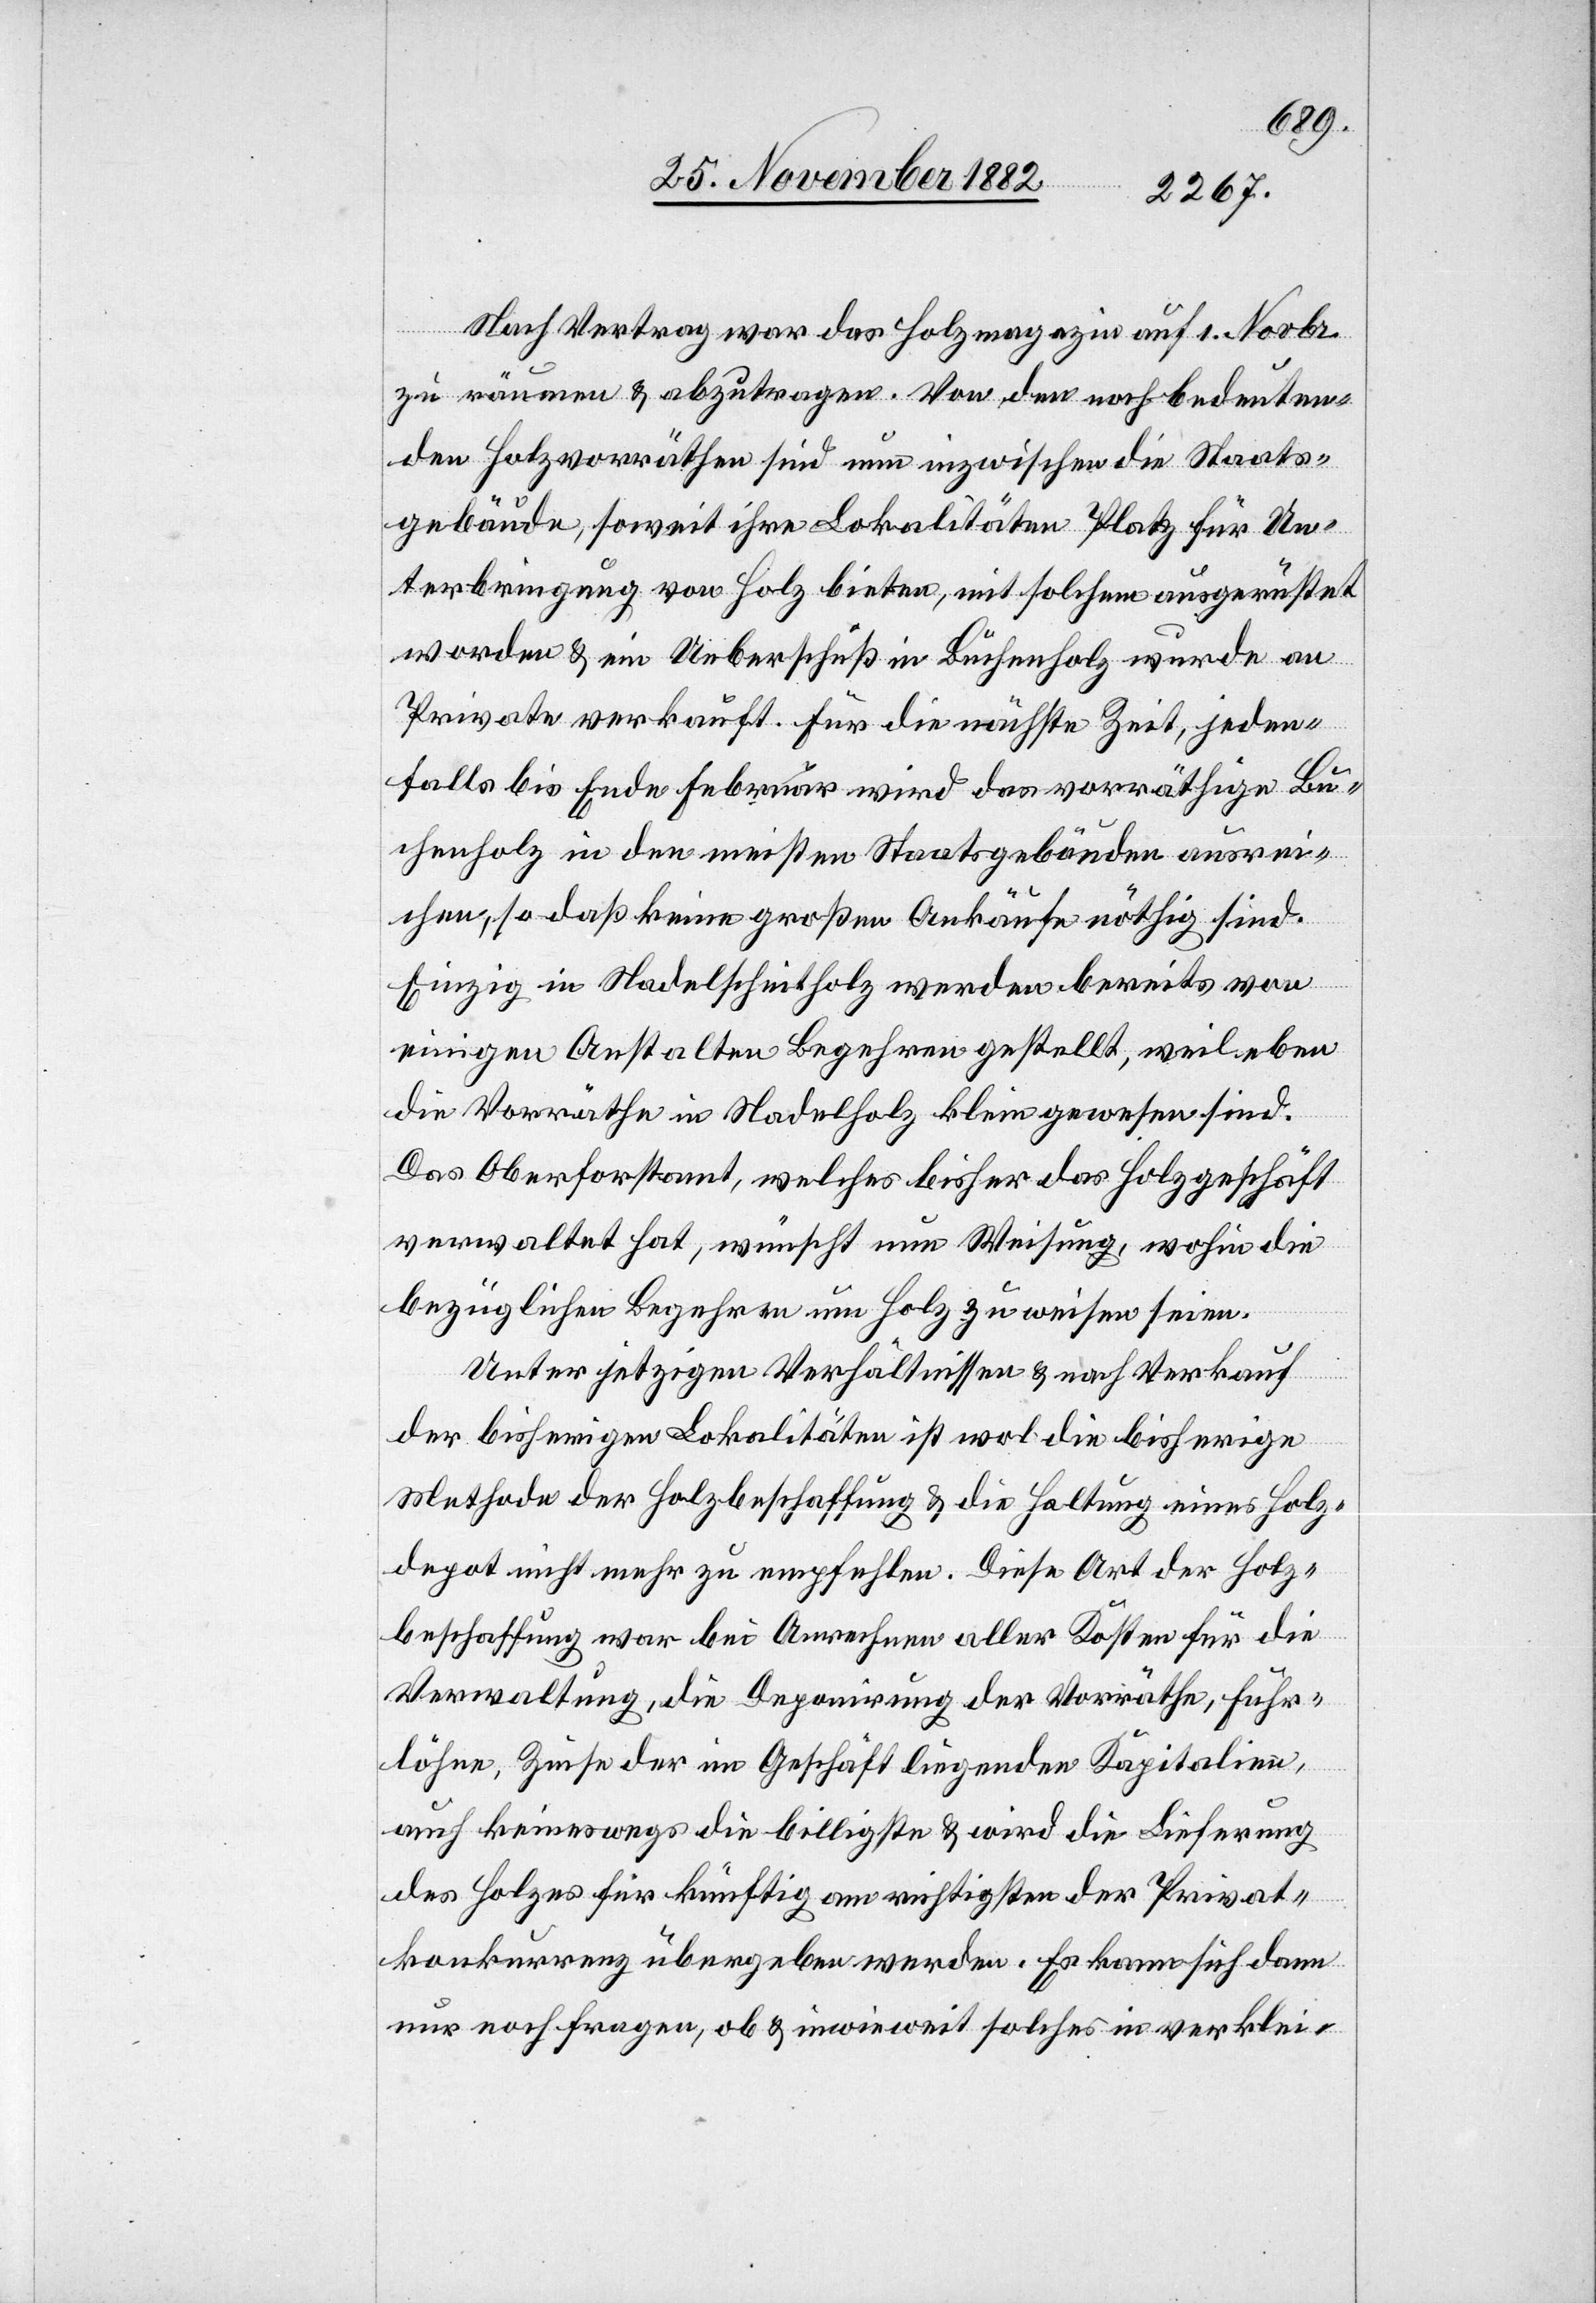
Nach Vertrag war das Holzmagazin auf 1. Novbr.
zu räumen & abzutragen. Von den noch bedeuten¬
den Holzvorräthen sind nun inzwischen die Staats¬
gebäude, soweit ihre Lokalitäten Platz für Un¬
terbringung von Holz bieten, mit solchen ausgerüstet
worden & ein Ueberschuß in Buchenholz wurde an
Private verkauft. Für die nächste Zeit, jeden¬
falls bis Ende Februar wird das vorräthige Bu¬
chenholz in den meisten Staatsgebäuden ausrei¬
chen, so daß keine großen Ankäufe nöthig sind.
Einzig in Nadelscheitholz werden bereits von
einigen Anstalten Begehren gestellt, weil eben
die Vorräthe in Nadelholz klein gewesen sind.
Das Oberforstamt, welches bisher das Holzgeschäft
verwaltet hat, wünscht nun Weisung, wohin die
bezüglichen Begehren um Holz zu weisen seien.
Unter jetzigen Verhältnissen & nach Verkauf
der bisherigen Lokalitäten ist wol die bisherige
Methode der Holzbeschaffung & die Haltung eines Holz¬
depot nicht mehr zu empfehlen. Diese Art der Holz¬
beschaffung war bei Anrechnen aller Kosten für die
Verwaltung, die Deponirung der Vorräthe, Fuhr¬
löhne, Zinse der im Geschäft liegenden Kapitalien,
auch keineswegs die billigste & wird die Lieferung
des Holzes für künftig am richtigsten der Privat¬
konkurrenz übergeben werden. Es kann sich dann
nur noch fragen, ob & inwieweit solches in verklei-